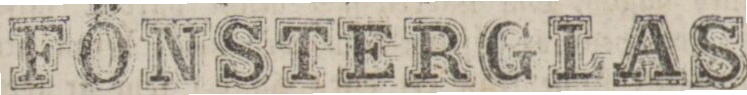
FÖNSTERGLAS